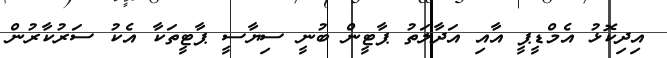
އިދިކޮޅު އެމްޑީޕީ އާއި އަދާލަތު ޕާޓީން ބުނީ ސިޔާސީ ޕާޓީތަކާ އެކު ސަރުކާރުން